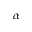
\alpha